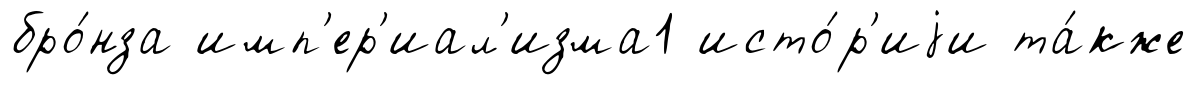
бро́нза имп'ер'иал'изма1 исто́р'иjи та́кже